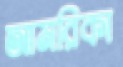
আমরিকা